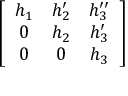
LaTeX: \left[ \begin{array} { c c c } { { h _ { 1 } } } & { { h _ { 2 } ^ { \prime } } } & { { h _ { 3 } ^ { \prime \prime } } } \\ { { 0 } } & { { h _ { 2 } } } & { { h _ { 3 } ^ { \prime } } } \\ { { 0 } } & { { 0 } } & { { h _ { 3 } } } \end{array} \right]